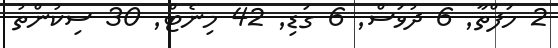
2 ހަފްތާ